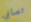
تصابي